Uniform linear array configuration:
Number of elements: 16
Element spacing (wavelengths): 1
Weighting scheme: kaiser
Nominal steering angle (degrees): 30
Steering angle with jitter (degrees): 30.365
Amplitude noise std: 0.05
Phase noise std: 0.05

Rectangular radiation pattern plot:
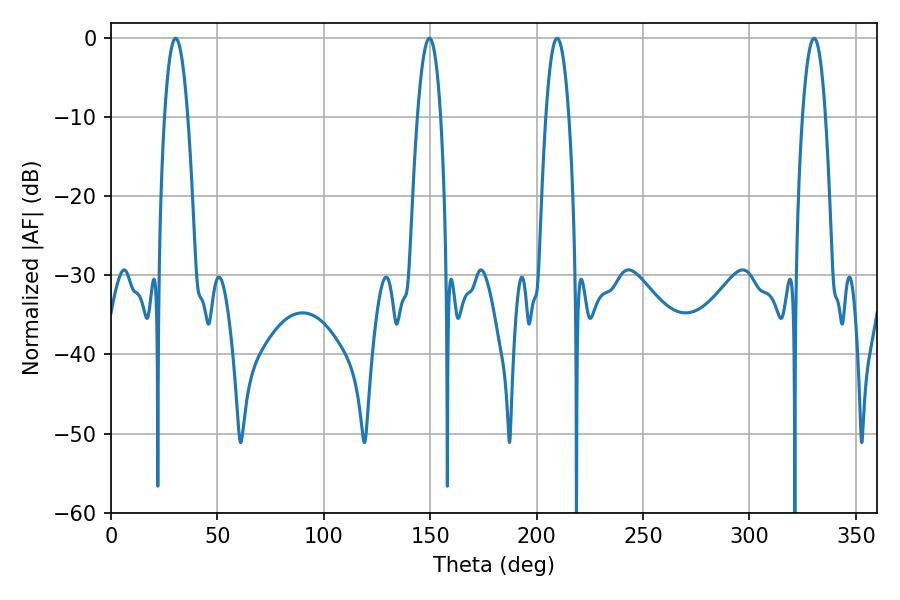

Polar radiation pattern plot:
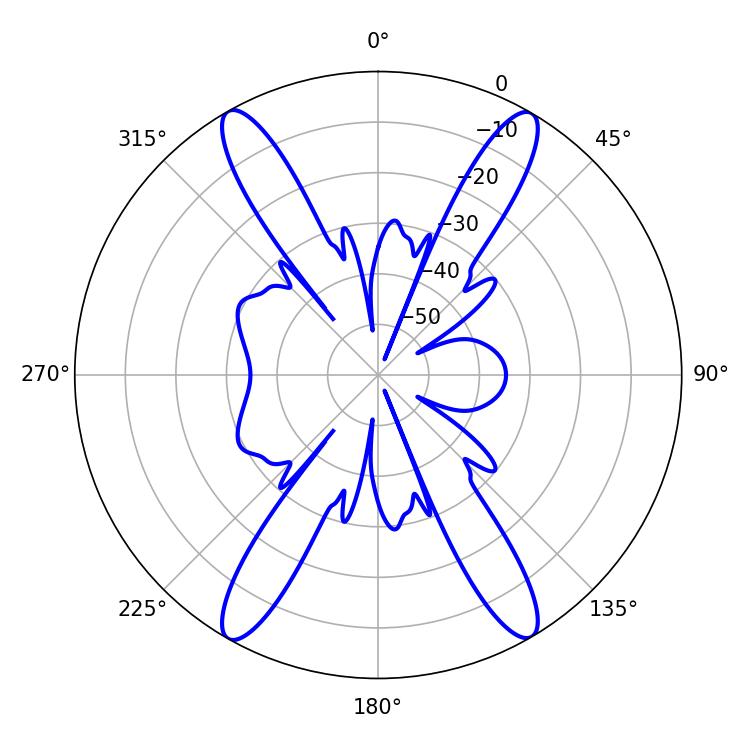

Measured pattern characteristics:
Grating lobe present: TRUE
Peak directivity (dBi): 27.858
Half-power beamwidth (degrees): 6.12
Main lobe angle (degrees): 30.42